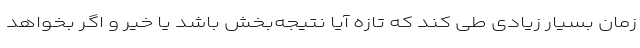
زمان بسیار زیادی طی کند که تازه آیا نتیجه‌بخش باشد یا خیر و اگر بخواهد